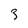
Character: 3